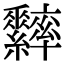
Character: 𦈁